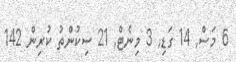
6 މަސް